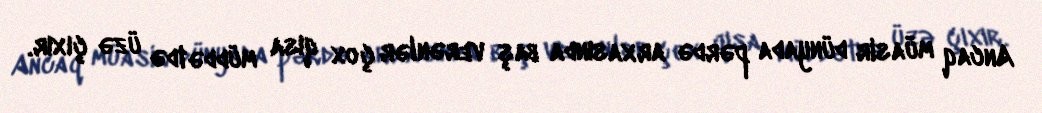
Ancaq müasir dünyada pərdə arxasında baş verənlər çox qısa müddətdə üzə çıxır.